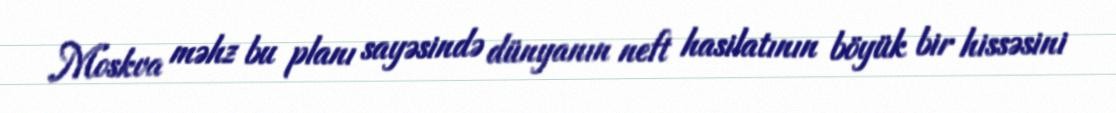
Moskva məhz bu planı sayəsində dünyanın neft hasilatının böyük bir hissəsini